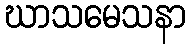
ဃာသမေသနာ